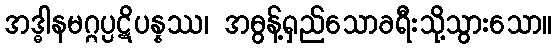
အဒ္ဓါနမဂ္ဂပ္ပဋိပန္နဿ၊ အဓွန့်ရှည်သောခရီးသို့သွားသော။